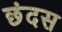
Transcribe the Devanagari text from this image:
छंदस